38_143685_box_Incident_Summaries_101-172
Agency: Department of War
Page 112
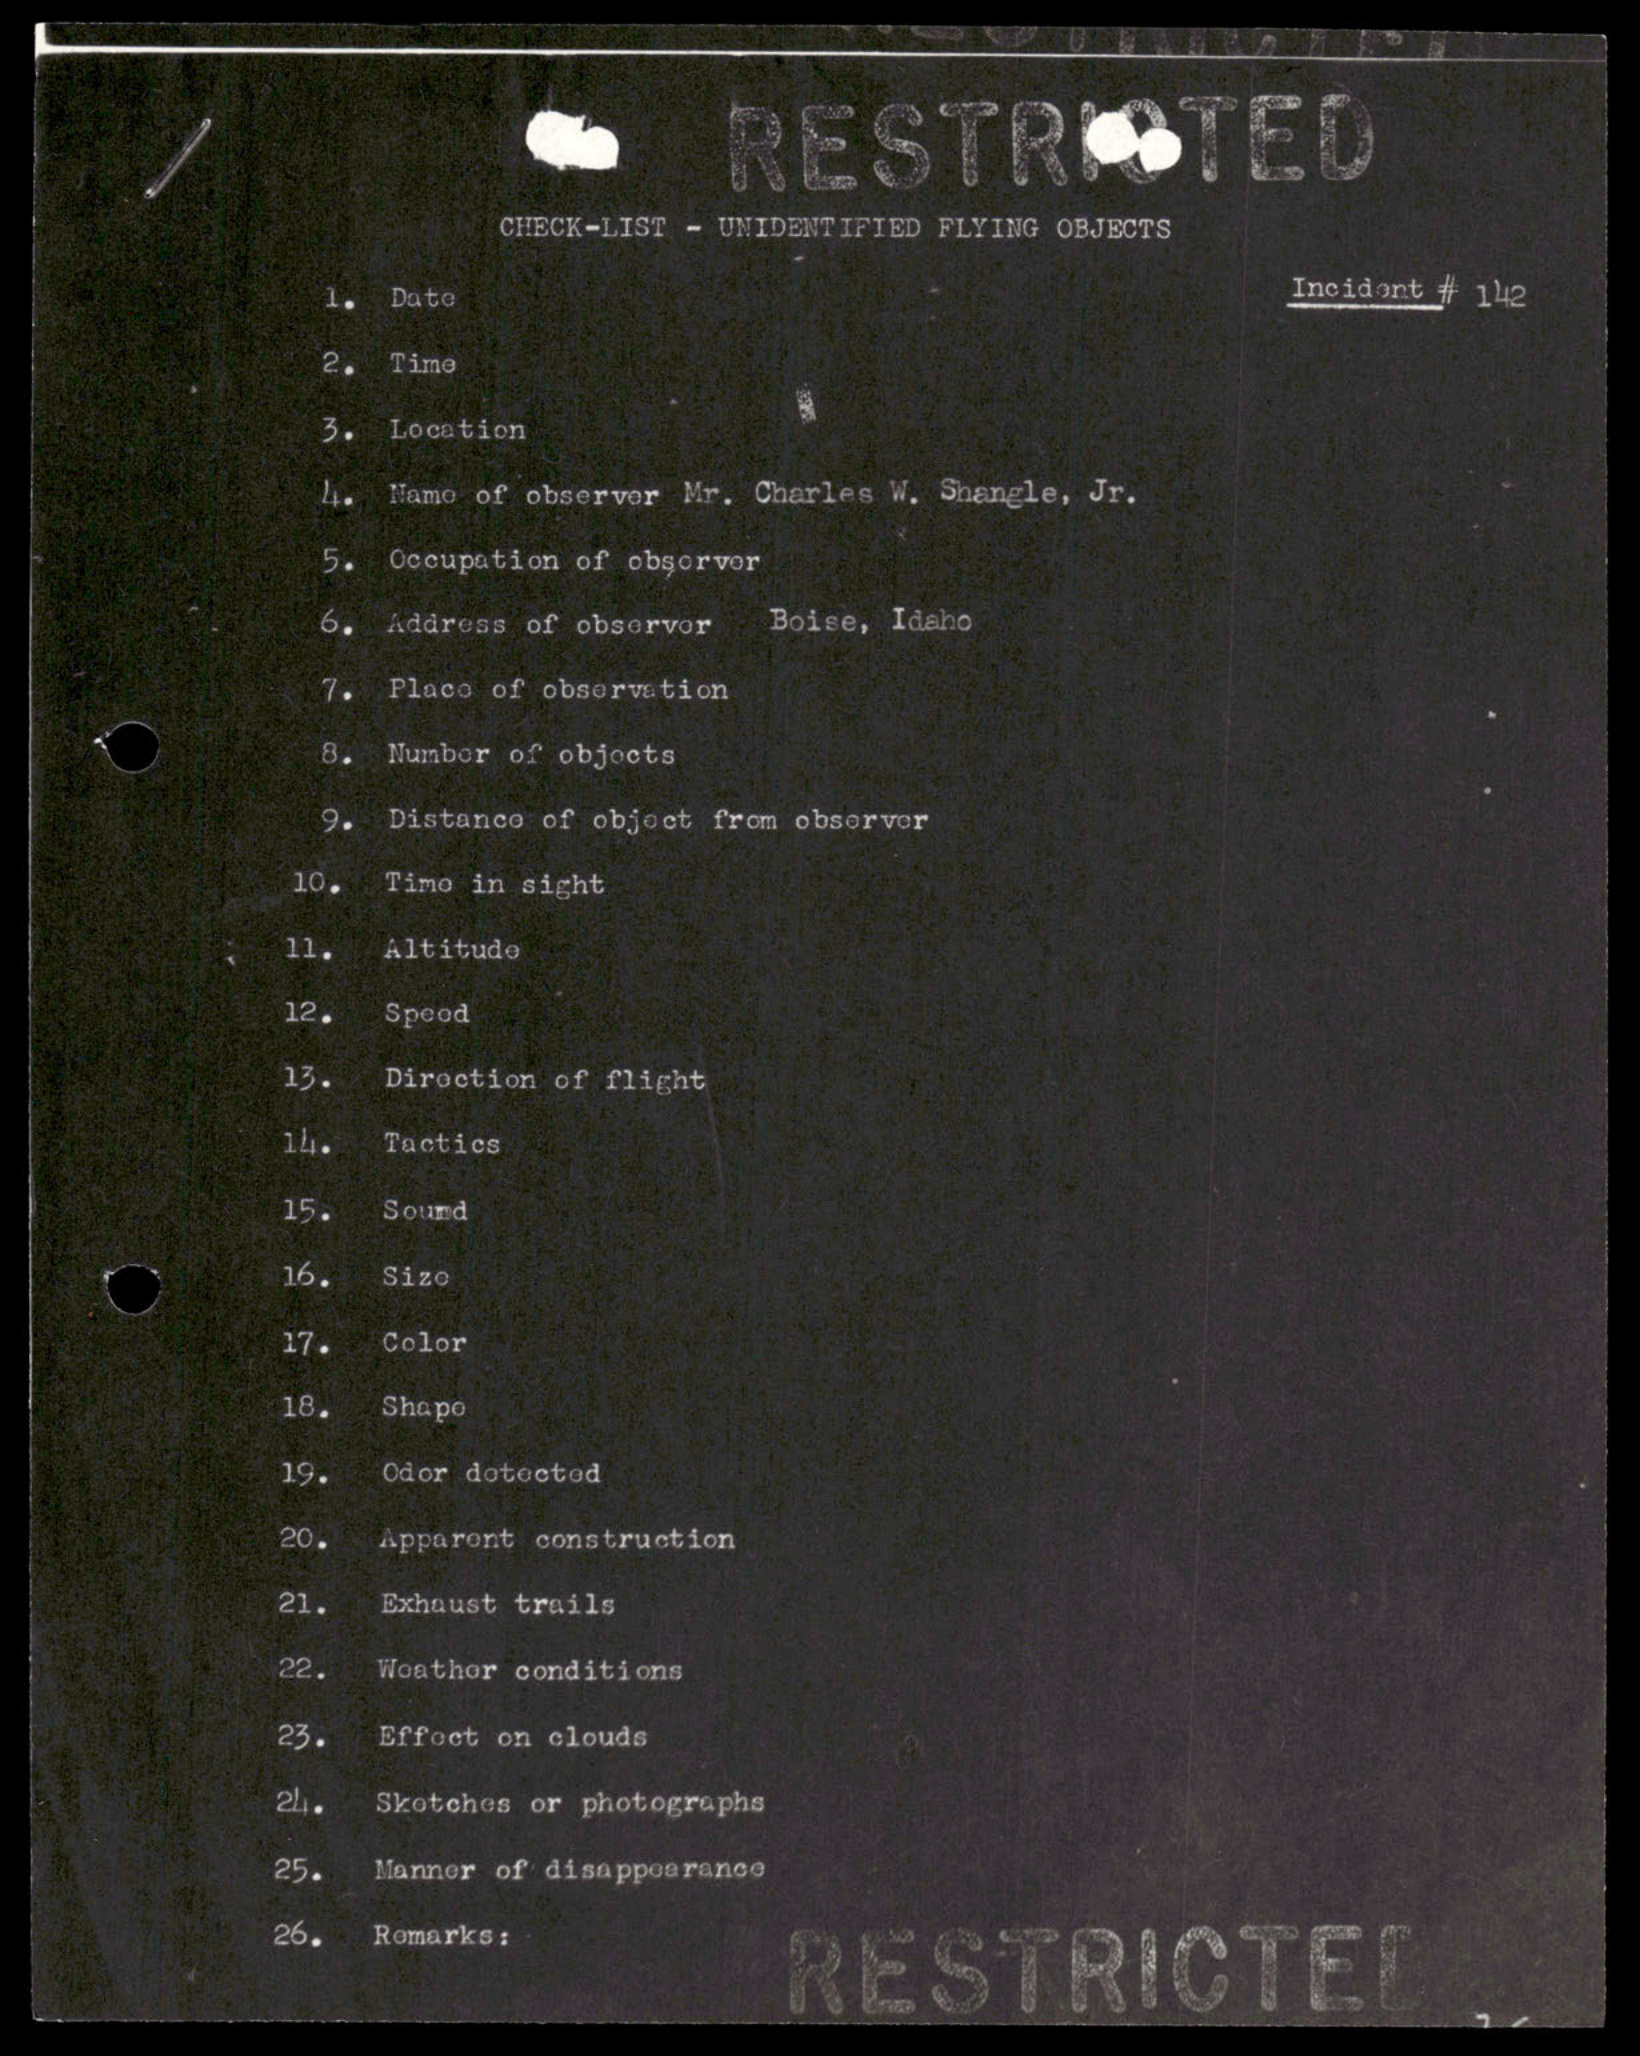